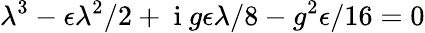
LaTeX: \lambda^{3}-\epsilon\lambda^{2}/2+\mathrm{~i~}g\epsilon\lambda/8-g^{2}\epsilon/16=0